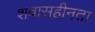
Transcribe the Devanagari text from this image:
शवासहीनता